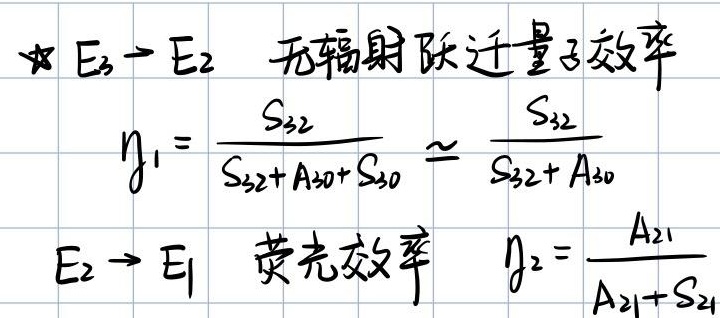
★ \(E_3 \to E_2\)  无辐射跃迁量子效率
\[
\eta_1 = \frac{S_{32}}{S_{32}+A_{30}+S_{30}} \approx \frac{S_{32}}{S_{32}+A_{30}}
\]
\(E_2 \to E_1\)  荧光效率 \(\eta_2 = \frac{A_{21}}{A_{21}+S_{21}}\)